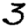
Digit: 3